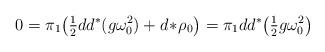
LaTeX: \begin{align*}0=\pi_1 \bigl(\tfrac{1}{2}dd^\ast (g\omega_0^2) + d\!\ast\!\rho_0\bigr)=\pi_1 dd^\ast \bigl( \tfrac{1}{2}g\omega_0^2\bigr)\end{align*}